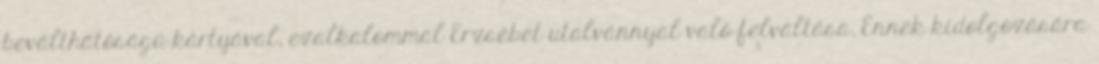
beválthatóságú kártyával, ezalkalommal Erzsébet utalvánnyal való felváltása. Ennek kidolgozására